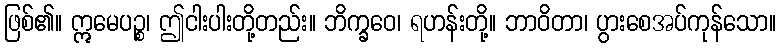
ဖြစ်၏။ ဣမေပဉ္စ၊ ဤငါးပါးတို့တည်း။ ဘိက္ခဝေ၊ ရဟန်းတို့။ ဘာဝိတာ၊ ပွားစေအပ်ကုန်သော။